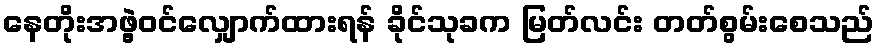
နေတိုးအဖွဲ့ဝင်လျှောက်ထားရန် ခိုင်သုခက မြတ်လင်း တတ်စွမ်းစေသည်